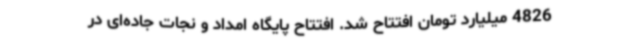
4826 میلیارد تومان افتتاح شد. افتتاح پایگاه امداد و نجات جاده‌ای در